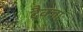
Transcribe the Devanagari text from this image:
दैवज्ञाः